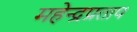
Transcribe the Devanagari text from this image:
महेन्द्रप्रताप